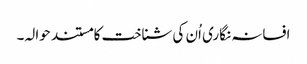
افسانہ نگاری اُن کی شناخت کا مستند حوالہ۔